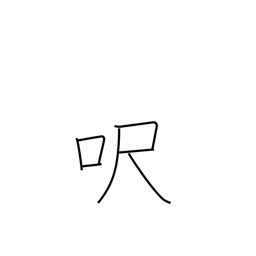
Meaning: foot